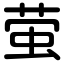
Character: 萤